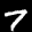
Label: 7